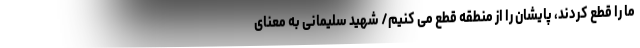
ما را قطع کردند، پایشان را از منطقه قطع می کنیم/ شهید سلیمانی به معنای